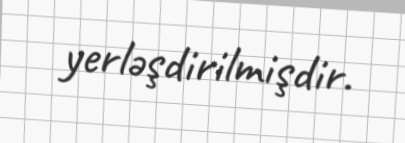
yerləşdirilmişdir.